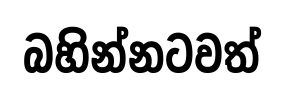
බහින්නටවත්